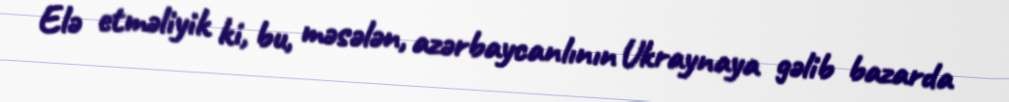
Elə etməliyik ki, bu, məsələn, azərbaycanlının Ukraynaya gəlib bazarda